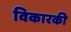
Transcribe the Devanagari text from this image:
विकारकी